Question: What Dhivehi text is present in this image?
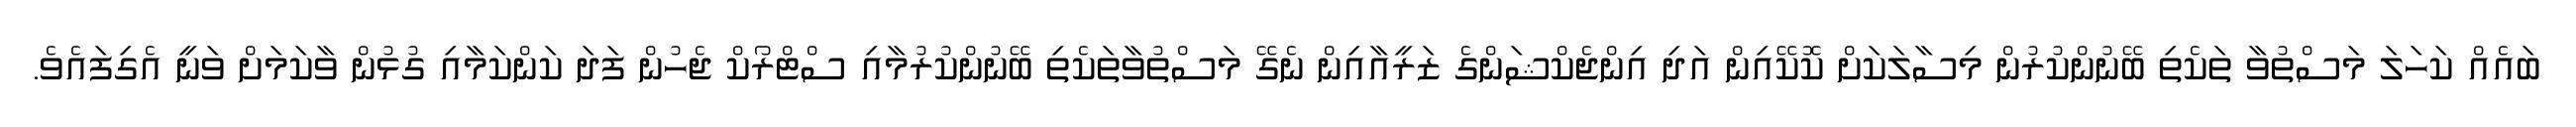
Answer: ބައެއް ކަހަލަ މަސްތުވާ ތަކެތި ބޭނުންކުރުން މިސާލަކަށް ކޮކޭއިން އަދި އިންޖެކްޝަންގެ ޒަރީއާއިން ނެގޭ މަސްތުވާތަކެތި ބޭނުންކުރުމާއި ސްޓްރޯކް ޖެހުން ފަދަ ކަންކަމާއި ގުޅުން ވާކަމަށް ވަނީ އެގިފައެވެ.